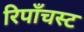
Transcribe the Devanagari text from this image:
रिपाँचस्ट